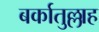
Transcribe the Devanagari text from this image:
बर्कातुल्लाह